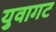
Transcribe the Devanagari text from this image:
युवागट